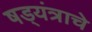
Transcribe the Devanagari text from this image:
षड्यंत्राचे